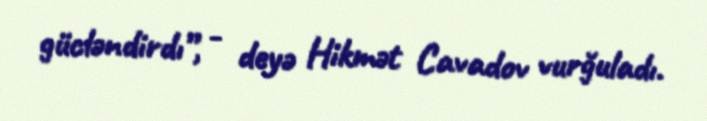
gücləndirdı”, - deyə Hikmət Cavadov vurğuladı.